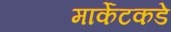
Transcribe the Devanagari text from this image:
मार्केटकडे